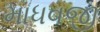
માધવજી